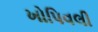
ખોપિવલી